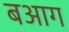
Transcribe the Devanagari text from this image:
बआग